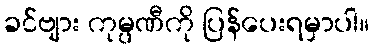
ခင်ဗျား ကုမ္ပဏီကို ပြန်ပေးရမှာပါ။